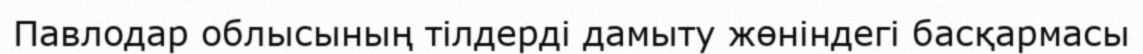
Павлодар облысының тілдерді дамыту жөніндегі басқармасы